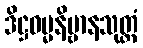
ဒိဋ္ဌဓမ္မနိဗ္ဗာနသုတ္တံ